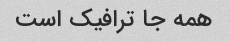
همه جا ترافیک است